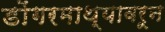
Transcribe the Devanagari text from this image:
डोंगरमाथ्यावरून